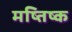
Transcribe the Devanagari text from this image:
मष्‍तिष्‍क